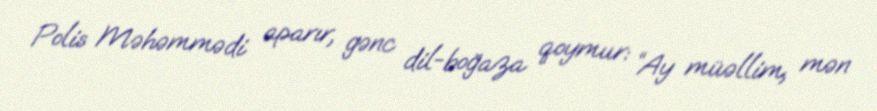
Polis Məhəmmədi aparır, gənc dil-boğaza qoymur: “Ay müəllim, mən